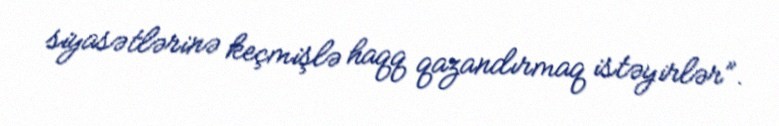
siyasətlərinə keçmişlə haqq qazandırmaq istəyirlər”.